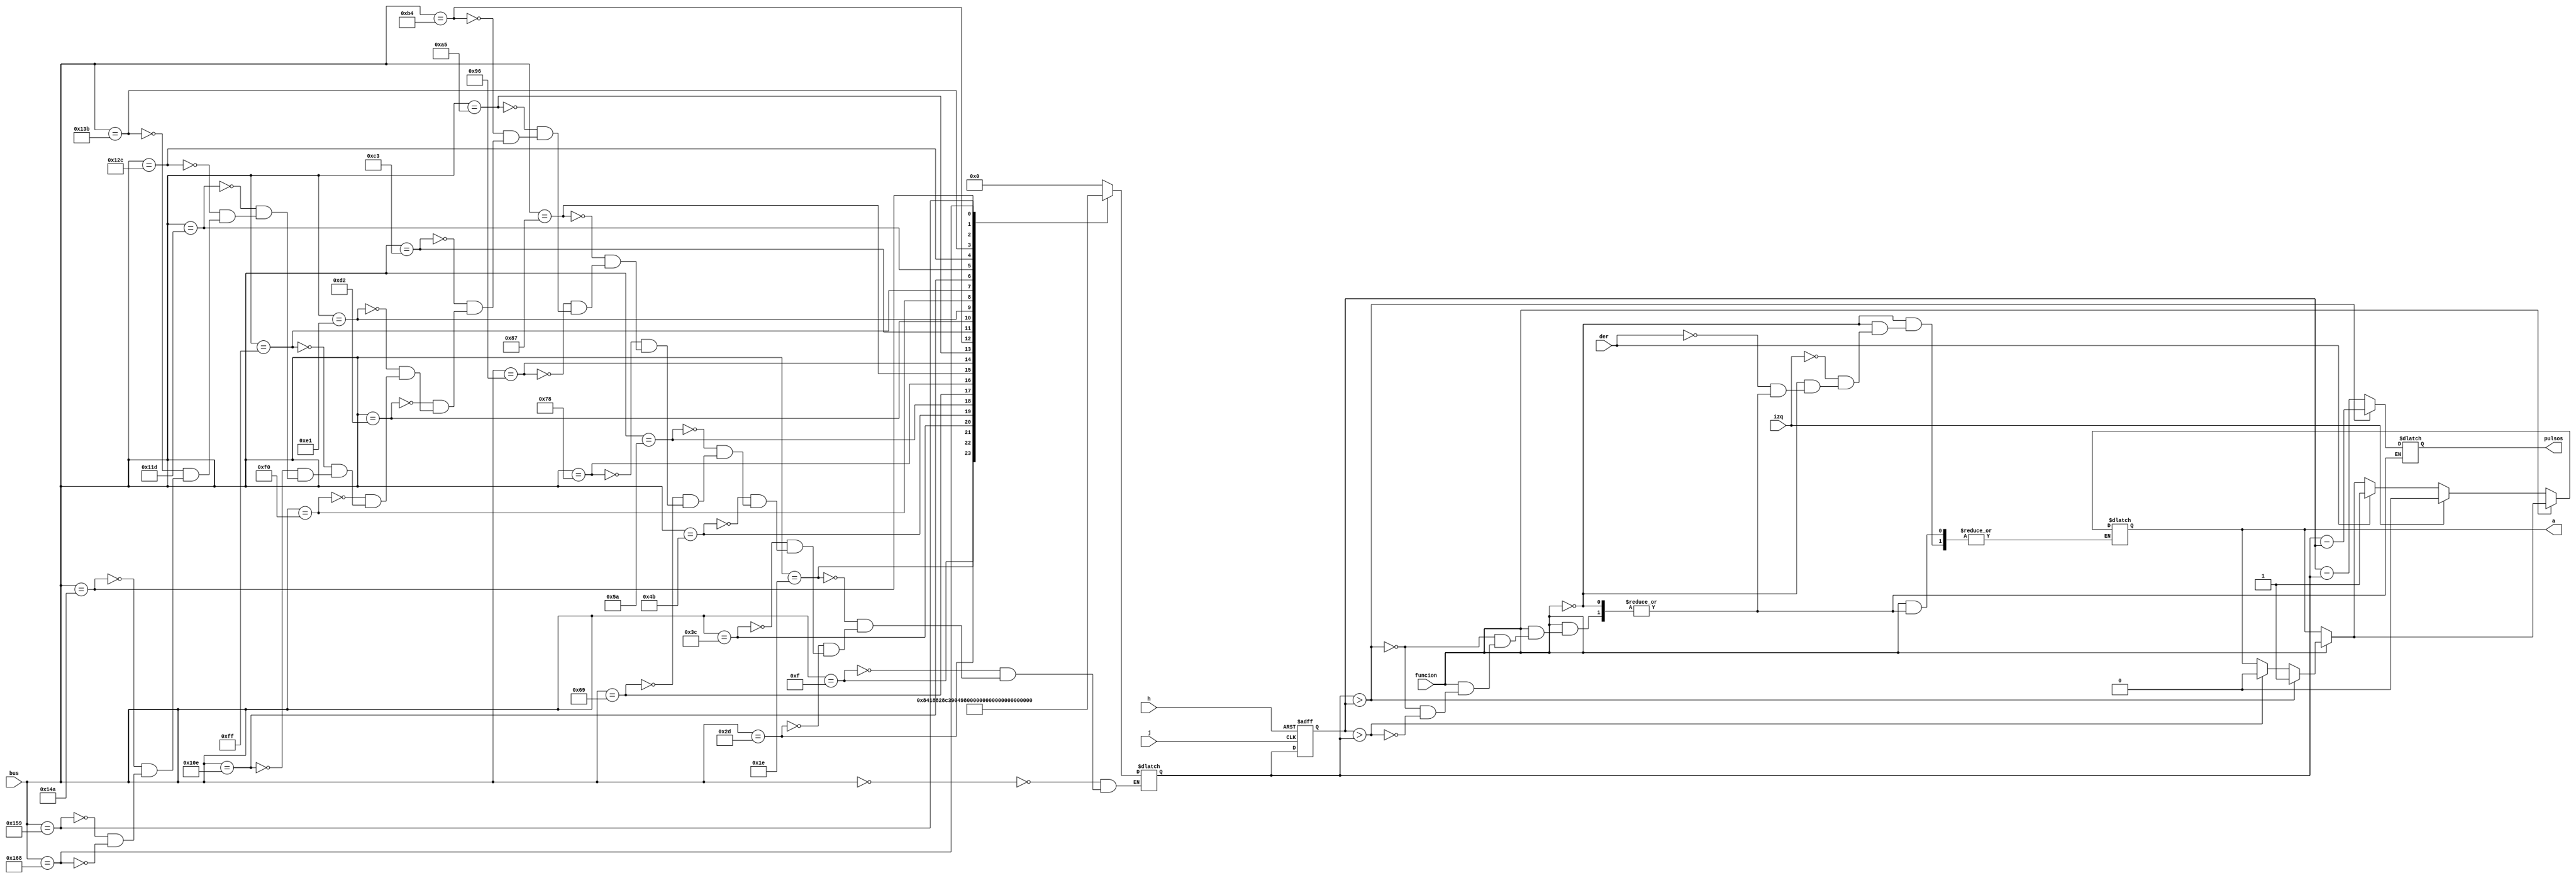
`timescale 1ns / 1ps

module mova(j, h, funcion, der, izq, bus, pulsos, a);
input funcion, der, izq, j, h;
input [10:0] bus;
output reg [5:0]pulsos; 
output reg a;

reg [5:0] reg2; 
reg [5:0] reg1;

initial begin
	reg1<=6'd0;
	reg2<=6'd0;
	pulsos<=6'd0;
	a<=0;
end

always @(negedge j, posedge h)
	if(h)
		reg1=0;
	else
		if(~j)
			reg1=reg2;
			


always @(bus)
	case(bus)
		11'd0: reg2=6'd0;
		11'd15: reg2=6'd2;
		11'd30: reg2=6'd4;
		11'd45: reg2=6'd6;
		11'd60: reg2=6'd8;
		11'd75: reg2=6'd10; 
		11'd90: reg2=6'd12;
		11'd105: reg2=6'd14;
		11'd120: reg2=6'd16;
		11'd135: reg2=6'd18;
		11'd150: reg2=6'd20;
		11'd165: reg2=6'd22;
		11'd180: reg2=6'd24;
		11'd195: reg2=6'd26;
		11'd210: reg2=6'd28;
		11'd225: reg2=6'd30;
		11'd240: reg2=6'd32;
		11'd255: reg2=6'd34;
		11'd270: reg2=6'd36;
		11'd285: reg2=6'd38;
		11'd300: reg2=6'd40;
		11'd315: reg2=6'd42;
		11'd330: reg2=6'd44;
		11'd345: reg2=6'd46;
		11'd360: reg2=6'd48;
	endcase


always @(reg2, der, izq)begin
if(funcion)
	if (reg2>reg1)begin
			pulsos=reg2-reg1;
			a=1;
	end else
		if (reg1>reg2)begin
			pulsos=reg1-reg2;
			a=0;
		end
		
 if(~funcion)begin
		if(der)
			a=1;
					
		if(izq)
			a=0;
	end
end
 
endmodule